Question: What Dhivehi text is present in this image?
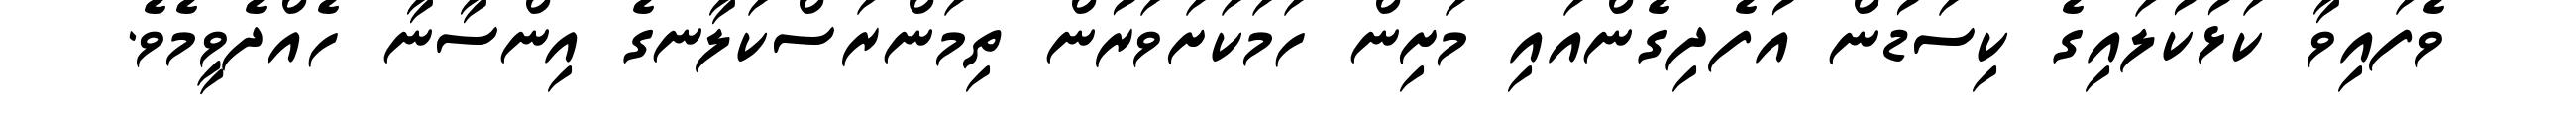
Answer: ވެފައިވާ ކަޅުކުލައިގެ ކިސަޑުން އުފެދިގެންއައި މަށިން ހަމަކަށަވަރުން ތިމަންރަސްކަލާނގެ އިންސާނާ ހެއްދެވީމެވެ.